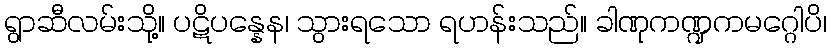
ရွာဆီလမ်းသို့။ ပဋိပန္နေန၊ သွားရသော ရဟန်းသည်။ ခါဏုကဏ္ဍကမဂ္ဂေါပိ၊